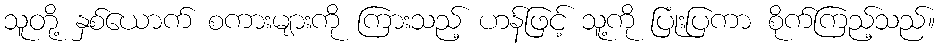
သူတို့ နှစ်ယောက် စကားများကို ကြားသည့် ဟန်ဖြင့် သူ့ကို ပြုံးပြကာ စိုက်ကြည့်သည်။